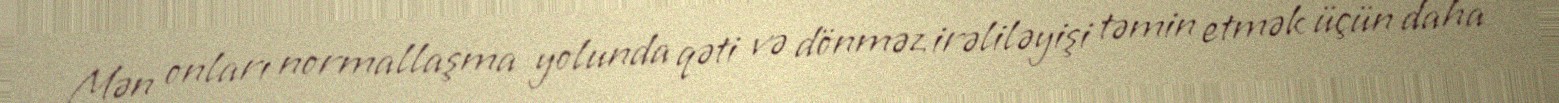
Mən onları normallaşma yolunda qəti və dönməz irəliləyişi təmin etmək üçün daha